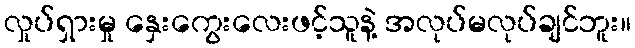
လှုပ်ရှားမှု နှေးကွေးလေးဖင့်သူနဲ့ အလုပ်မလုပ်ချင်ဘူး။